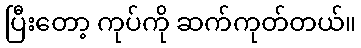
ပြီးတော့ ကုပ်ကို ဆက်ကုတ်တယ်။